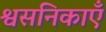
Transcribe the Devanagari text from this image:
श्वसनिकाएँ